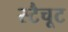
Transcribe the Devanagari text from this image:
स्टैचूट